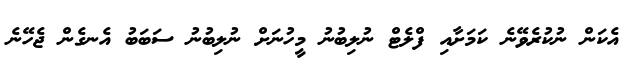
އެކަން ނުކުރެވޭނެ ކަމަށާއި ފްލެޓް ނުލިބުނު މީހުނަށް ނުލިބުނު ސަބަބު އެނގެން ޖެހޭނެ